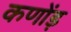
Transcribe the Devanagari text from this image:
कणोंड़